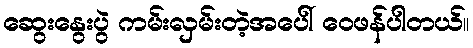
ဆွေးနွေးပွဲ ကမ်းလှမ်းတဲ့အပေါ် ဝေဖန်ပါတယ်။